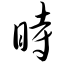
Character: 时